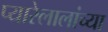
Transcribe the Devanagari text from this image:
प्यारेलालांच्या